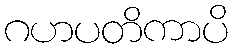
ဂဟပတိကာပိ